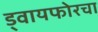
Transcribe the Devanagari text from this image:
ड्वायफोरचा